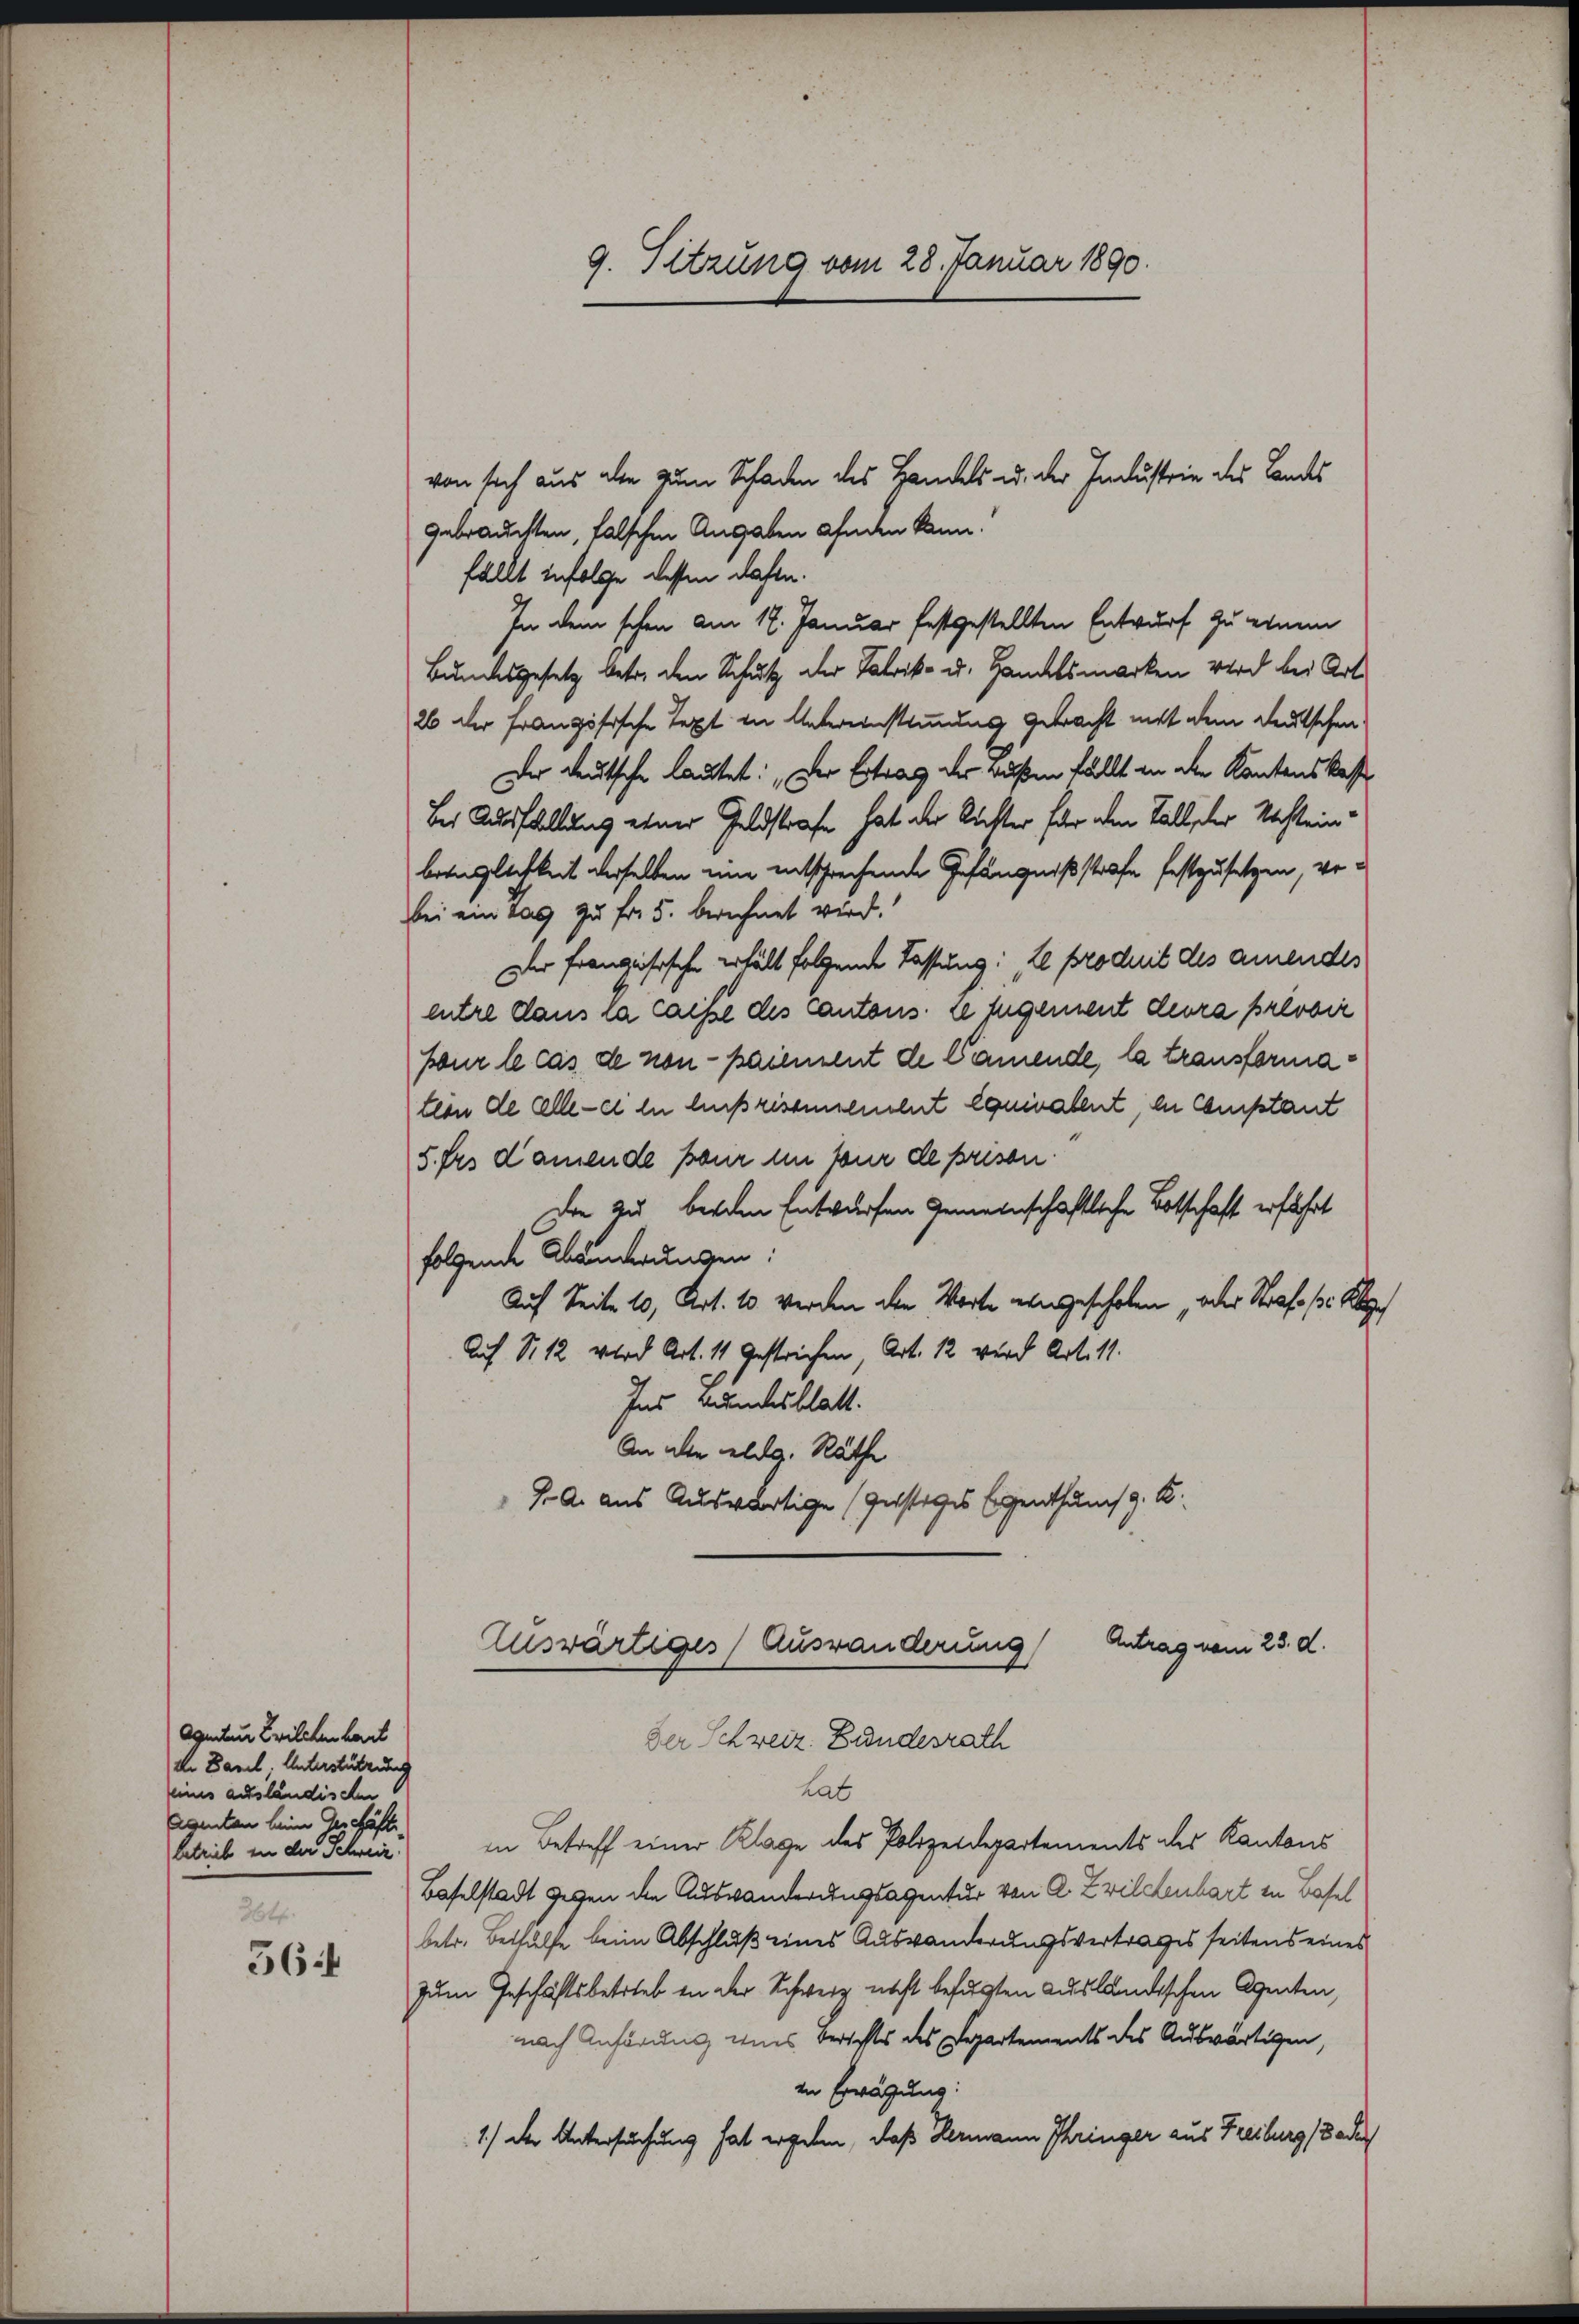
Aquiten Zwilchen hart
de Basel, Unterstützung
eines ausländischen
Aegetan beim Geschäftibetrieb in der Schweiz.
264.
56:

von sich aus die zum Schaden des Handels u. der Industrie des Landes
gebrauchten, falschen Angaben anden kann.
fällt infolge dessen dahin.
In dem schon am 17. Januar festgestellten Entwurf zu einem
Bundesgesetz betr. den Schutz der Fabrik- u. Handelsmarken wird bei Art.
26 der Französische Text in Untereinstimmung gebracht mit dem Deutschen
Der deutsche lautet: „Der Ertrag der Bußen fällt in die Kantonskass
Bei Ausfüllung einer Geldstrafe hat der Richter für den Fall, der Nachlein
bezüglichkeit derselben eine entschrechende Gefängnißstrafe festzusetzen, von
bei ein tag zu fr. 5. berechnet wird.
Der Französische erhält folgende Fassung: „Le produit des amendes
entre dans la caisse des Cantons se fugement devra provir
pour le cas de non-paiement de Camende, la transformateon de alle - es in lußrisonnendet equivalent, die Comptant
5. fr. damende pour in pour de prison.
Die zu beiden Entwürfen Gemeinschaftliche Botschaft erfahrt
folgende Abänderungen:
Auf Seite 10, Art. 10 werden den Worte eingeschoben, oder Strafe s. R
Auf S. 12 wird Art. 11 gestrichen, Art. 12 wird Art. 11.
Ins Bundesblatt.
An alle elig. Räthe
J. A. aus Auswärtige (Gerstiges Eigenthums z. B.

9. Sitzung vom 28. Januar 1890.

Der Schweiz. Bundesrath
hat
in Betreff einer Klage des Polizeidepartements des Kantons
Baselstadt gegen die Auswanderungsagentur von A. Zwildenbart in Basel
betr. Bethülfe beim Abschluß eines Auswanderungsvertrages seitens eines
zum Geschäftsbetrieb in der Schweiz nicht befugten ausländischen Agenten,
nach Anhörung eines Berichts des Departements des Auswärtigen,
in Erwägung:
1.) der Untersuchung hat ergeben, daß Hermann Phringer aus Freiburg (Tadel

Antrag vom 23. d.
Auswärtiges Ausränderung